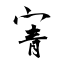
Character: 寈